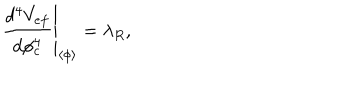
LaTeX: \left. \frac { d ^ { 4 } V _ { e f } } { d \phi _ { c } ^ { 4 } } \right| _ { \left\langle \phi \right\rangle } = \lambda _ { R } ,